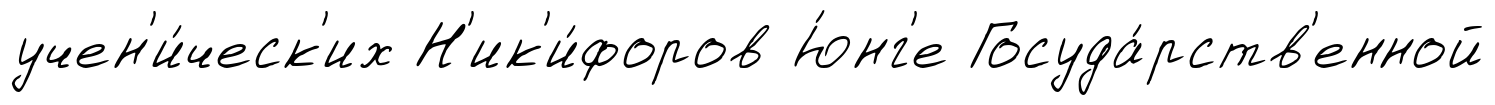
учен'и́ческ'их Н'ик'и́форов Ю́нг'е Госуда́рств'енной